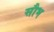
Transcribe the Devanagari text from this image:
सौभ